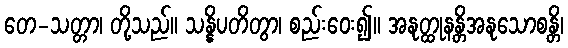
တေ-သတ္တာ၊ တို့သည်။ သန္နိပတိတွာ၊ စည်းဝေး၍။ အနုတ္ထုနန္တိအနုသောစန္တိ၊